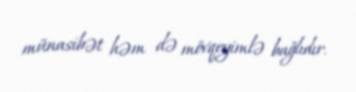
münasibət həm də mövqeyimlə bağlıdır.